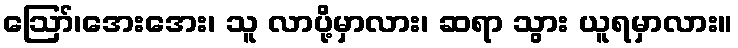
ဪ၊အေးအေး၊ သူ လာပို့မှာလား၊ ဆရာ သွား ယူရမှာလား။